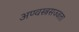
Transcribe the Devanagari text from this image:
अण्वस्त्रसज्जता